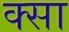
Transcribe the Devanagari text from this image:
क्सा